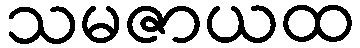
သမဇာယထ